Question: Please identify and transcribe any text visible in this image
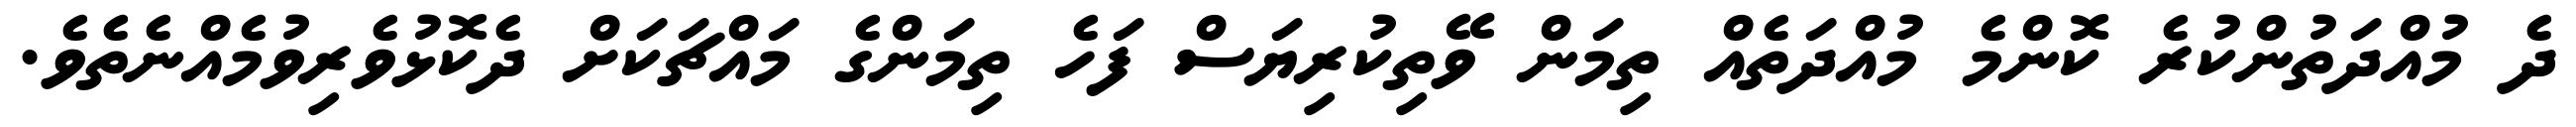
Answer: ދެ މުއްދަތުންކުރެ ކޮންމެ މުއްދަތެއް ތިމަން ވޭތިކުރިޔަސް ފަހެ ތިމަންގެ މައްޗަކަށް ދެކޮޅުވެރިވުމެއްނެތެވެ.